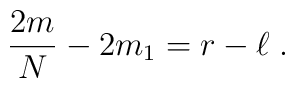
{2m\over N} - 2m_1 =r-\ell \;.